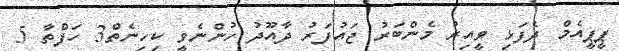
ޕީޕީއެމް ދެފަޅި ވީއިރު މެންބަރު ޖައުފަރު ދާއޫދު ހުންނެވީ ކިހިނެތް3 ހަފްތާ 5